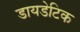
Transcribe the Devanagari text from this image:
डायडेटिक